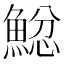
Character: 𩸂